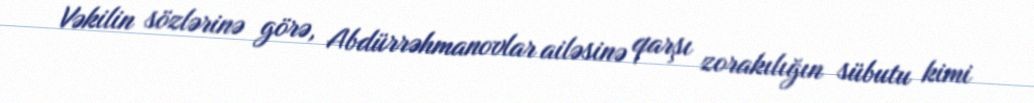
Vəkilin sözlərinə görə, Abdürrəhmanovlar ailəsinə qarşı zorakılığın sübutu kimi